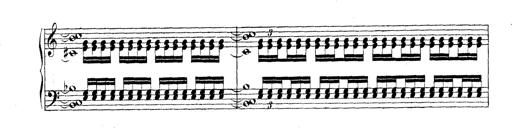
Title: Technische Studien
Composer: Franz Liszt